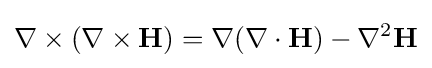
\nabla \times \left(\nabla \times \mathbf {H} \right)=\nabla (\nabla \cdot \mathbf {H} )-\nabla ^{2}\mathbf {H}